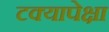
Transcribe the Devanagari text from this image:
टक्यापेक्षा